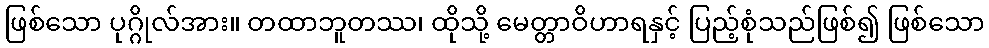
ဖြစ်သော ပုဂ္ဂိုလ်အား။ တထာဘူတဿ၊ ထိုသို့ မေတ္တာဝိဟာရနှင့် ပြည့်စုံသည်ဖြစ်၍ ဖြစ်သော